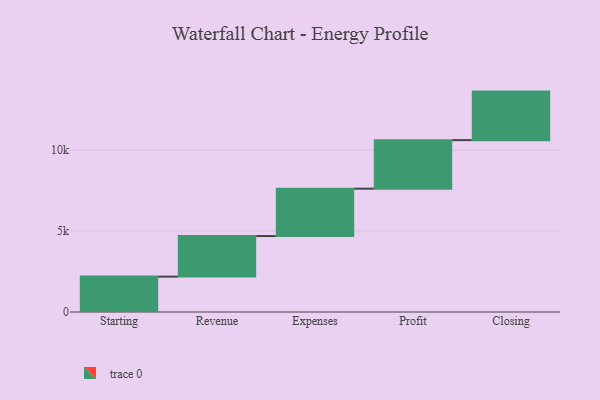
{"axis": {"x": "Step", "y": "Value"}, "legend": [""], "data": [{"x": "Starting", "y": 2187.0, "type": ""}, {"x": "Revenue", "y": 2509.0, "type": ""}, {"x": "Expenses", "y": 2929.0, "type": ""}, {"x": "Profit", "y": 3000, "type": ""}, {"x": "Closing", "y": 3000, "type": ""}]}